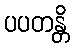
ပပတန္တိ